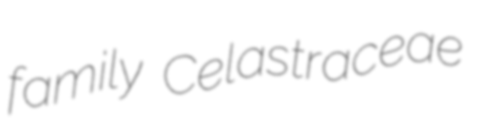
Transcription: family Celastraceae